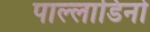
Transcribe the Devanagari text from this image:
पाल्लाडिनो